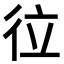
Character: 𢓔